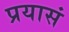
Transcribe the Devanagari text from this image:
प्रयासं